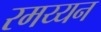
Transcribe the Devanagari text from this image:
रमय्यन